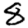
Digit: 8